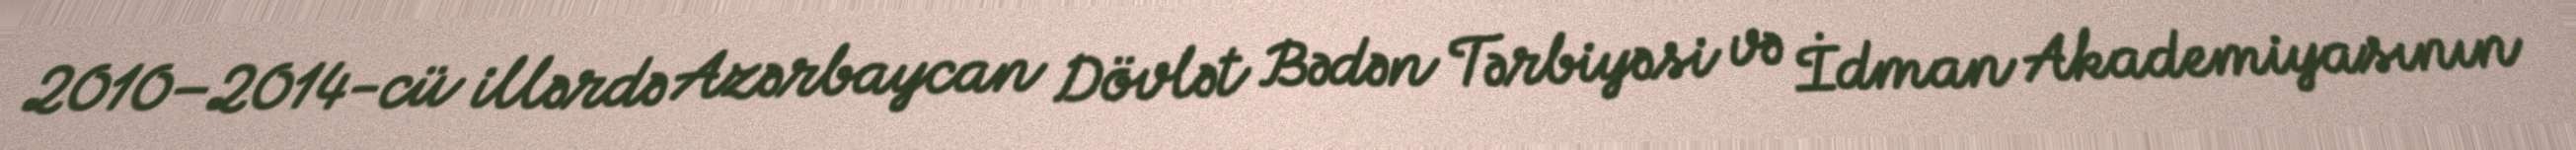
2010–2014-cü illərdə Azərbaycan Dövlət Bədən Tərbiyəsi və İdman Akademiyasının